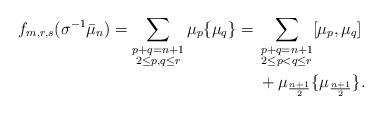
LaTeX: \begin{align*}f_{m,r,s}(\sigma^{-1}\bar \mu_{n})=\sum_{\substack{p+q=n+1\\2\leq p,q\leq r}}\mu_{p}\{\mu_{q}\}={}&\sum_{\substack{p+q=n+1\\2\leq p<q\leq r}}[\mu_{p},\mu_{q}]\\&+\mu_{\frac{n+1}{2}}\{\mu_{\frac{n+1}{2}}\}.\end{align*}